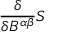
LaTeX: { \frac { \delta } { \delta B ^ { \alpha \beta } } } S